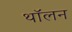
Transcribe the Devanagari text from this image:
थॉलन